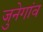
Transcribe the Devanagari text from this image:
जुनेगांव